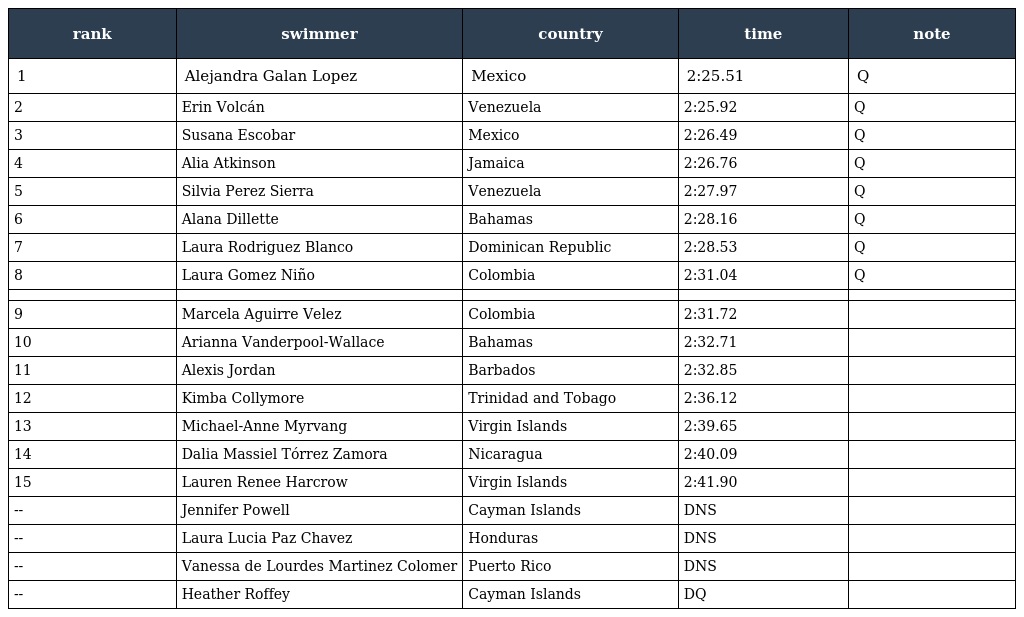
| rank | swimmer | country | time | note |
 | --- | --- | --- | --- | --- |
 | 1 | Alejandra Galan Lopez | Mexico | 2:25.51 | Q |
 | 2 | Erin Volcán | Venezuela | 2:25.92 | Q |
 | 3 | Susana Escobar | Mexico | 2:26.49 | Q |
 | 4 | Alia Atkinson | Jamaica | 2:26.76 | Q |
 | 5 | Silvia Perez Sierra | Venezuela | 2:27.97 | Q |
 | 6 | Alana Dillette | Bahamas | 2:28.16 | Q |
 | 7 | Laura Rodriguez Blanco | Dominican Republic | 2:28.53 | Q |
 | 8 | Laura Gomez Niño | Colombia | 2:31.04 | Q |
 |  |  |  |  |  |
 | 9 | Marcela Aguirre Velez | Colombia | 2:31.72 |  |
 | 10 | Arianna Vanderpool-Wallace | Bahamas | 2:32.71 |  |
 | 11 | Alexis Jordan | Barbados | 2:32.85 |  |
 | 12 | Kimba Collymore | Trinidad and Tobago | 2:36.12 |  |
 | 13 | Michael-Anne Myrvang | Virgin Islands | 2:39.65 |  |
 | 14 | Dalia Massiel Tórrez Zamora | Nicaragua | 2:40.09 |  |
 | 15 | Lauren Renee Harcrow | Virgin Islands | 2:41.90 |  |
 | -- | Jennifer Powell | Cayman Islands | DNS |  |
 | -- | Laura Lucia Paz Chavez | Honduras | DNS |  |
 | -- | Vanessa de Lourdes Martinez Colomer | Puerto Rico | DNS |  |
 | -- | Heather Roffey | Cayman Islands | DQ |  |